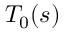
T _ { 0 } ( s )